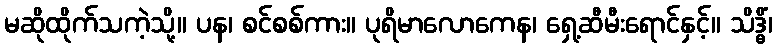
မဆိုထိုက်သကဲ့သို့။ ပန၊ စင်စစ်ကား။ ပုရိမာလောကေန၊ ရှေ့ဆီမီးရောင်နှင့်။ သိဒ္ဓိံ၊